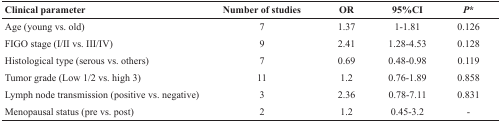
<table><thead><tr><td><b>Clinical parameter</b></td><td><b>Number of studies</b></td><td><b>OR</b></td><td><b>95%CI</b></td><td><b><i>P</i><sup>*</sup></b></td></tr></thead><tbody><tr><td>Age (young vs. old)</td><td>7</td><td>1.37</td><td>1-1.81</td><td>0.126</td></tr><tr><td>FIGO stage (I/II vs. III/IV)</td><td>9</td><td>2.41</td><td>1.28-4.53</td><td>0.128</td></tr><tr><td>Histological type (serous vs. others)</td><td>7</td><td>0.69</td><td>0.48-0.98</td><td>0.119</td></tr><tr><td>Tumor grade (Low 1/2 vs. high 3)</td><td>11</td><td>1.2</td><td>0.76-1.89</td><td>0.858</td></tr><tr><td>Lymph node transmission (positive vs. negative)</td><td>3</td><td>2.36</td><td>0.78-7.11</td><td>0.831</td></tr><tr><td>Menopausal status (pre vs. post)</td><td>2</td><td>1.2</td><td>0.45-3.2</td><td>-</td></tr></tbody></table>